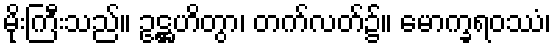
မိုးကြီးသည်။ ဥဋ္ဌဟိတွာ၊ တက်လတ်၌။ မောက္ခရဝဿံ၊